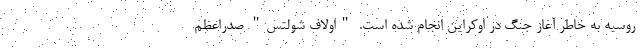
روسیه به خاطر آغاز جنگ در اوکراین انجام شده است. "اولاف شولتس" صدراعظم